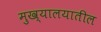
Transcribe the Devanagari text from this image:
मुख्यालयातील